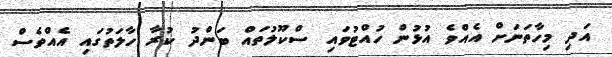
އަދި މިހާތަނަށް އެއްވެ އުޅުން ހުއްޓުވައި ސްކޫލުތައް ބަންދު ކުރާ ހާލަތުގައި އެއްވެސް